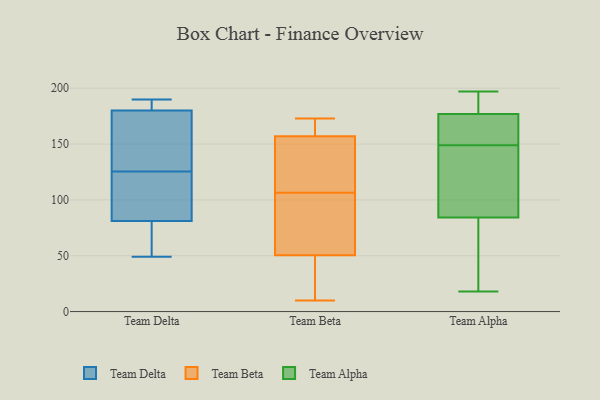
{"axis": {"x": "Population (Million)", "y": "Value"}, "legend": ["Team Alpha", "Team Beta", "Team Delta"], "data": [{"x": "", "y": 133, "type": "Team Delta"}, {"x": "", "y": 71, "type": "Team Delta"}, {"x": "", "y": 190, "type": "Team Delta"}, {"x": "", "y": 81, "type": "Team Delta"}, {"x": "", "y": 118, "type": "Team Delta"}, {"x": "", "y": 182, "type": "Team Delta"}, {"x": "", "y": 160, "type": "Team Delta"}, {"x": "", "y": 49, "type": "Team Delta"}, {"x": "", "y": 180, "type": "Team Delta"}, {"x": "", "y": 101, "type": "Team Delta"}, {"x": "", "y": 142, "type": "Team Beta"}, {"x": "", "y": 49, "type": "Team Beta"}, {"x": "", "y": 66, "type": "Team Beta"}, {"x": "", "y": 97, "type": "Team Beta"}, {"x": "", "y": 151, "type": "Team Beta"}, {"x": "", "y": 166, "type": "Team Beta"}, {"x": "", "y": 173, "type": "Team Beta"}, {"x": "", "y": 77, "type": "Team Beta"}, {"x": "", "y": 172, "type": "Team Beta"}, {"x": "", "y": 98, "type": "Team Beta"}, {"x": "", "y": 52, "type": "Team Beta"}, {"x": "", "y": 169, "type": "Team Beta"}, {"x": "", "y": 119, "type": "Team Beta"}, {"x": "", "y": 163, "type": "Team Beta"}, {"x": "", "y": 123, "type": "Team Beta"}, {"x": "", "y": 25, "type": "Team Beta"}, {"x": "", "y": 48, "type": "Team Beta"}, {"x": "", "y": 46, "type": "Team Beta"}, {"x": "", "y": 10, "type": "Team Beta"}, {"x": "", "y": 115, "type": "Team Beta"}, {"x": "", "y": 159, "type": "Team Alpha"}, {"x": "", "y": 178, "type": "Team Alpha"}, {"x": "", "y": 195, "type": "Team Alpha"}, {"x": "", "y": 118, "type": "Team Alpha"}, {"x": "", "y": 180, "type": "Team Alpha"}, {"x": "", "y": 149, "type": "Team Alpha"}, {"x": "", "y": 83, "type": "Team Alpha"}, {"x": "", "y": 56, "type": "Team Alpha"}, {"x": "", "y": 153, "type": "Team Alpha"}, {"x": "", "y": 188, "type": "Team Alpha"}, {"x": "", "y": 174, "type": "Team Alpha"}, {"x": "", "y": 106, "type": "Team Alpha"}, {"x": "", "y": 59, "type": "Team Alpha"}, {"x": "", "y": 89, "type": "Team Alpha"}, {"x": "", "y": 172, "type": "Team Alpha"}, {"x": "", "y": 79, "type": "Team Alpha"}, {"x": "", "y": 88, "type": "Team Alpha"}, {"x": "", "y": 18, "type": "Team Alpha"}, {"x": "", "y": 197, "type": "Team Alpha"}]}